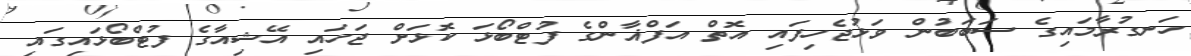
ހަނގުރާމައިގެ ސަބަބުން ވަޅުޖެހިފައި އޮތް އަފްޣާންގެ ފުޓްބޯޅަ ކޮޅަށް ޖަހައި އޭޝިއާގެ ފުޓްބޯޅައިގައި